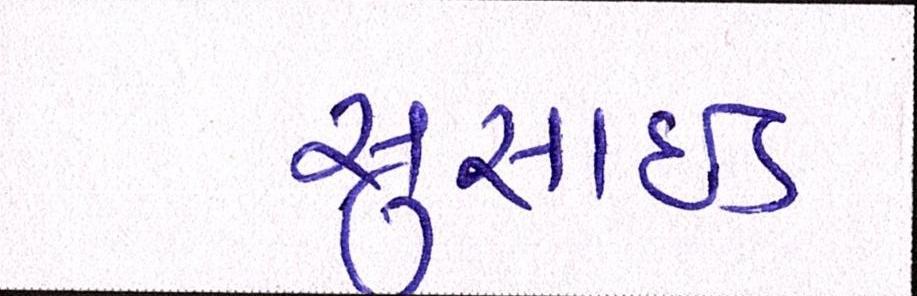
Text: સુસાઈડ